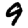
Digit: 9